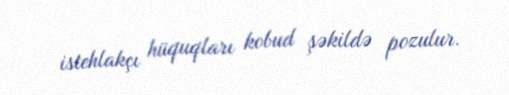
istehlakçı hüquqları kobud şəkildə pozulur.